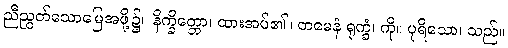
ညီညွတ်သောမြေအဖို့၌။ နိက္ခိတ္တော၊ ထားအပ်၏။ တမေနံ ရုက္ခံ၊ ကို။ ပုရိသော၊ သည်။